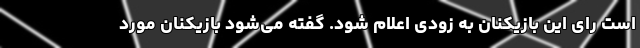
است رای این بازیکنان به زودی اعلام شود. گفته می‌شود بازیکنان مورد